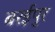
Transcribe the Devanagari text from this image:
बरईपुर